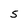
Character: S